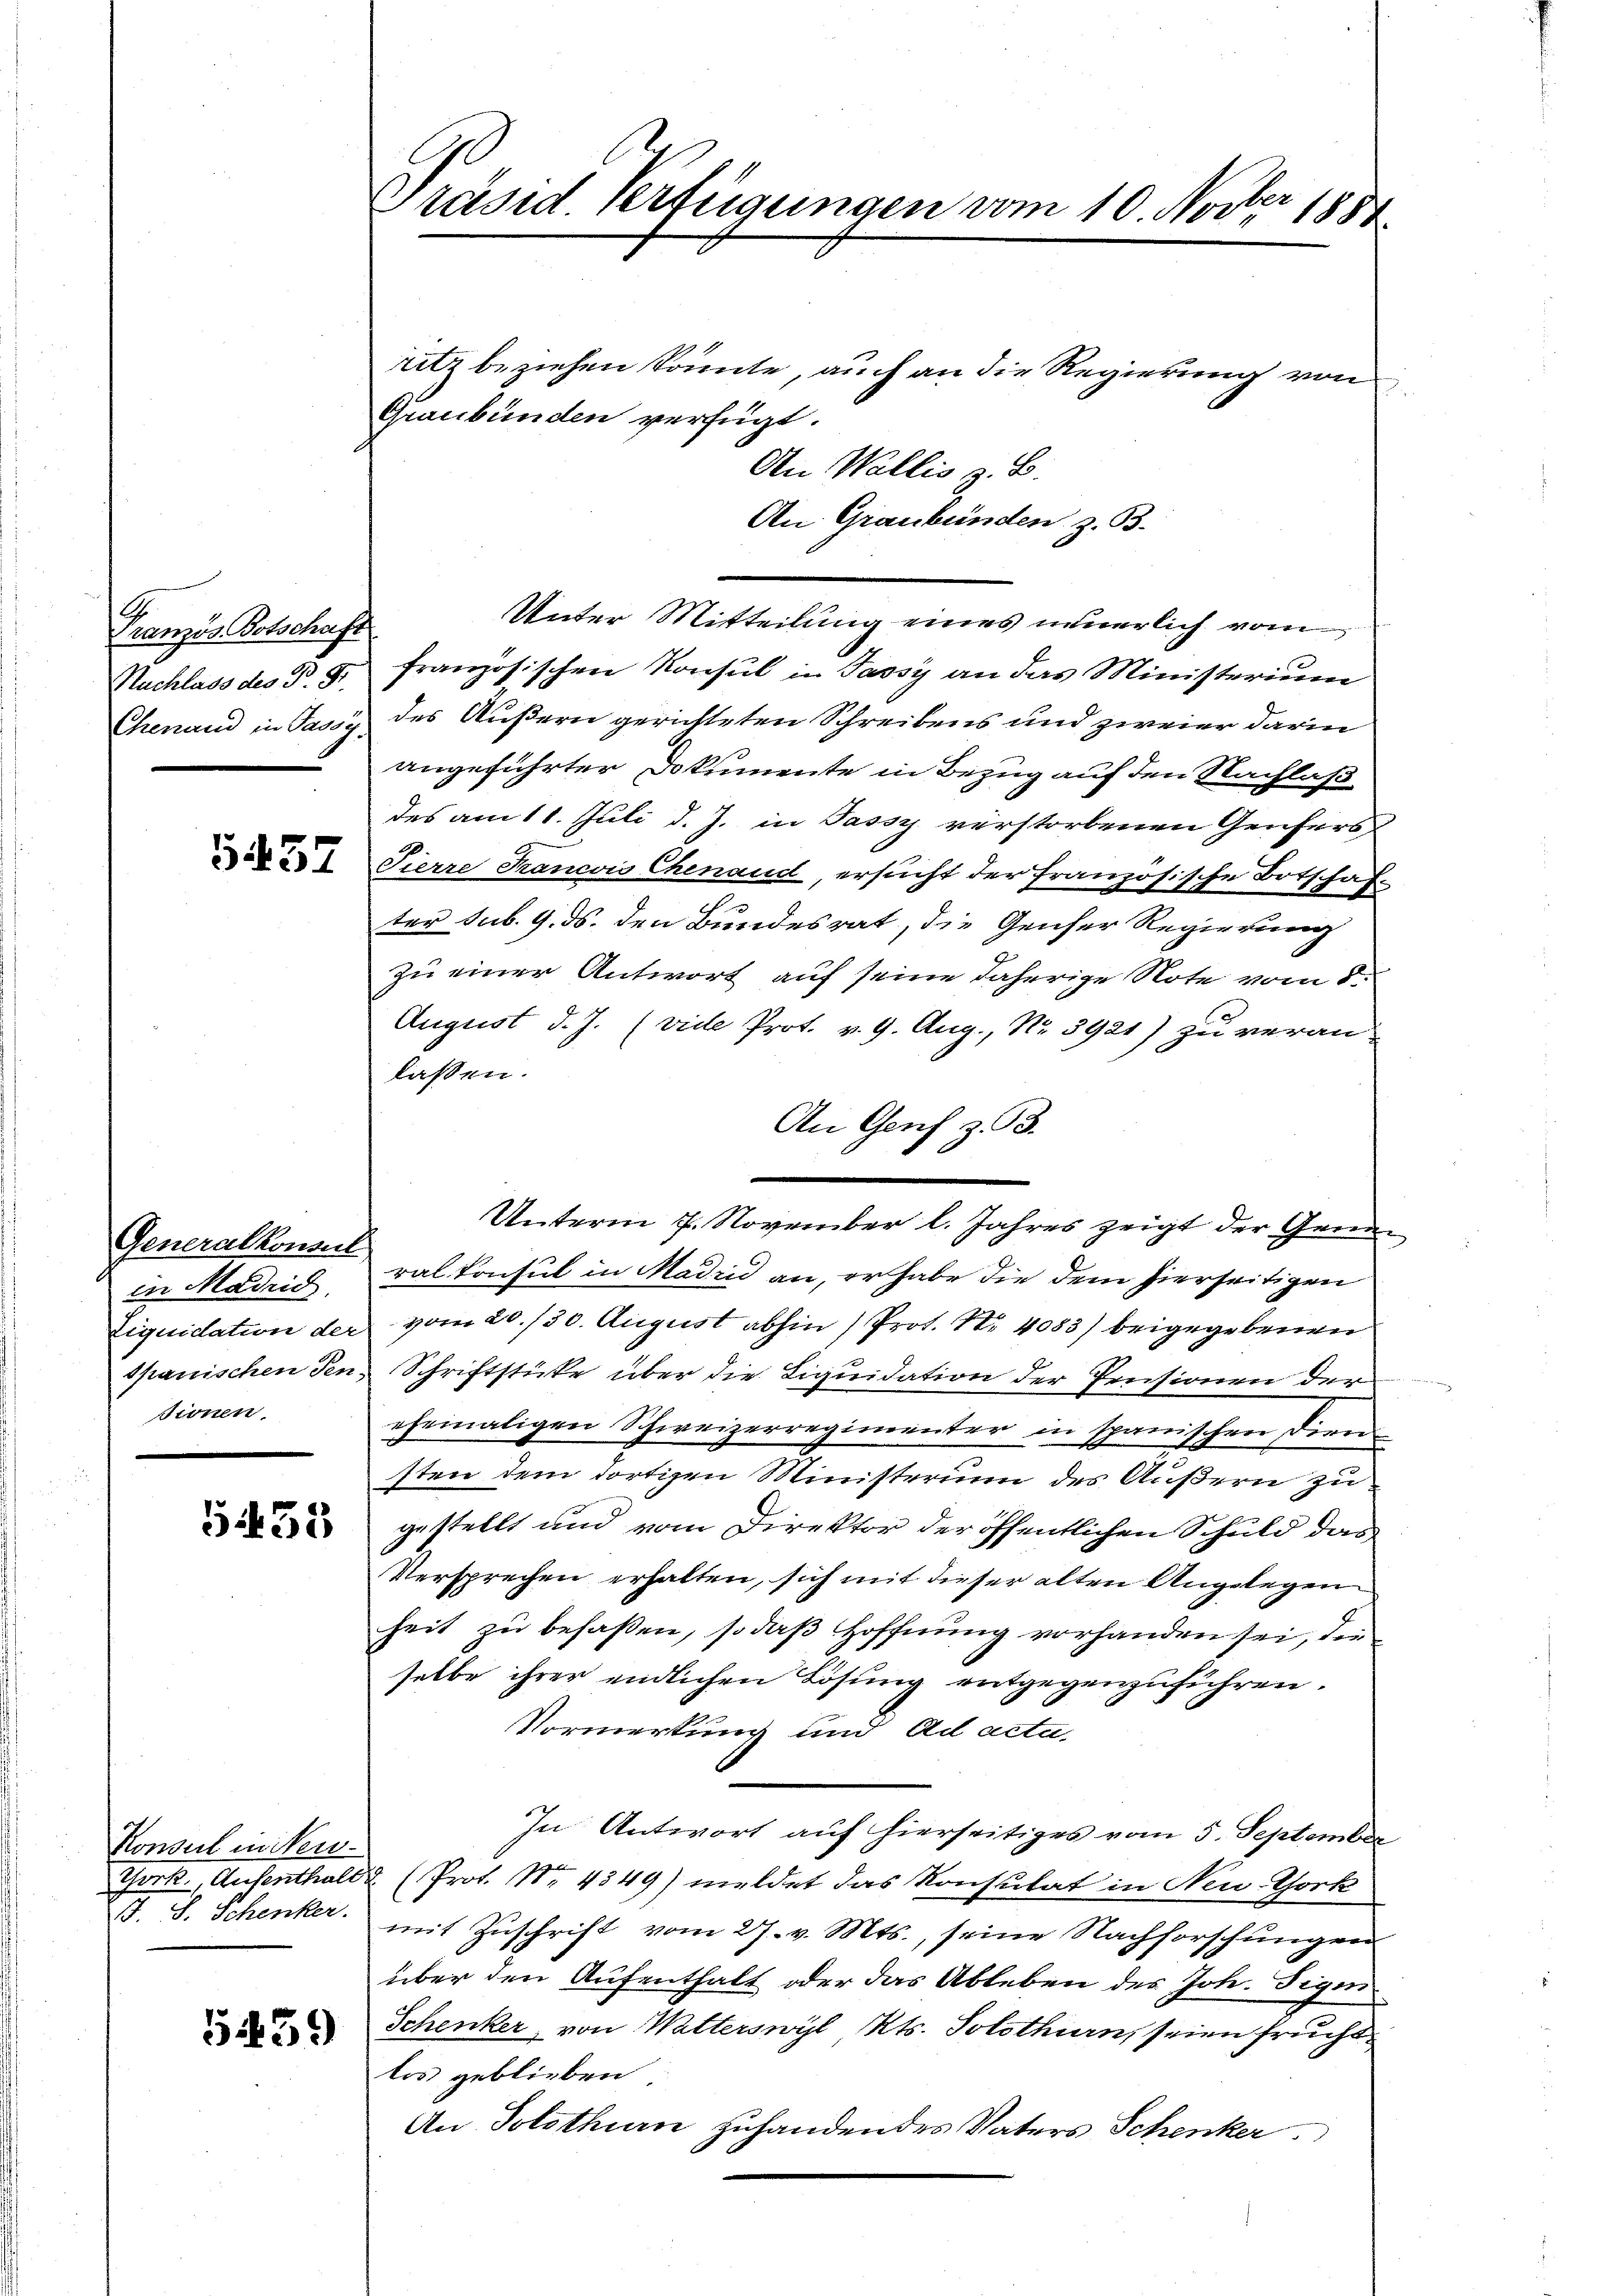
G.
Französ. Botschaft
Nachlass des P. St.

5457

Generalkomit
in Madrid.
sionen.

5433

Konsul in Neu¬
J. J. Schenker.

5459

Präsid. Verfügungen vom 10. Novber 1884

ritz beziehen könnte, auch an die Regierung von
Graubünden verfügt:
An Wallis z. B.
An Graubünden z. B.
Unter Mitteilung eines neuerlich vom
französischen Konsul in Jassy an das Ministerium
Chenaud in Jassy des Äußern gerichteten Schreibens und zweier darin
angeführter Dokumente in Bezug auf den Nachlaß
des am 11. Juli d. J. in Passy verstorbenen Genfers¬
Sierre Francois Chenaud, ersucht der Französische Botschafter sub. 9. ds. den Bundesrat, die Genfer Regierung
Zu einer Antwort auf seine daherige Note vom 8.
August d. J. (vide Prot. v. 9. Aug., Nr. 3921) zu veranlaßen.
An Genf z. 93.
Unterm 7. November l. Jahres zeigt der Grun
ral konsul in Madrid an, er habe die dem hierseitigen
Liquidation der vom 20./30. August abhin (Prot. Nr. 4083) beigegebenen
dpanischen den Schriftstücke über die Liquidation der Pensionen der
ehemaligen Schweizerregimenter in spanischen Dien
sten dem dortigen Ministerium des Äußern zu
gestellt und vom Direktor der öffentlichen Schuld das
Versprechen erhalten, sich mit dieser alten Angelegen
heit zu befaßen, so daß Hoffnung vorhanden sei, die
selbe ihrer endlichen Lösung entgegenzuführen.
Vormerkung und ad actu
In Antwort auf hierseitiges vom 5. September
Tork., Aufenthalt (Prot. NNo. 4349) meldet das Konsulat in Neu-Chork
mit Zuschrift vom 27. v. Mts., seine Nachforschungen
über den Aufenthalt oder das Ableben des Joh. Signi
Schenker von Watterswyl Kts. Solothurn, seien frucht
los geblieben.
An Solothurn zuhandendes Vaters Schenker.